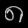
Digit: ၈